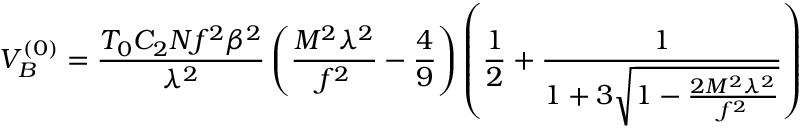
V _ { B } ^ { ( 0 ) } = \frac { T _ { 0 } C _ { 2 } N f ^ { 2 } \beta ^ { 2 } } { \lambda ^ { 2 } } \left( \frac { M ^ { 2 } \lambda ^ { 2 } } { f ^ { 2 } } - \frac { 4 } { 9 } \right) \left( \frac { 1 } { 2 } + \frac { 1 } { 1 + 3 \sqrt { 1 - \frac { 2 M ^ { 2 } \lambda ^ { 2 } } { f ^ { 2 } } } } \right)